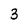
Character: 3